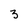
Character: 3